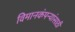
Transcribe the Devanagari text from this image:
विमानकंपन्यांसाठी